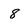
Character: 8